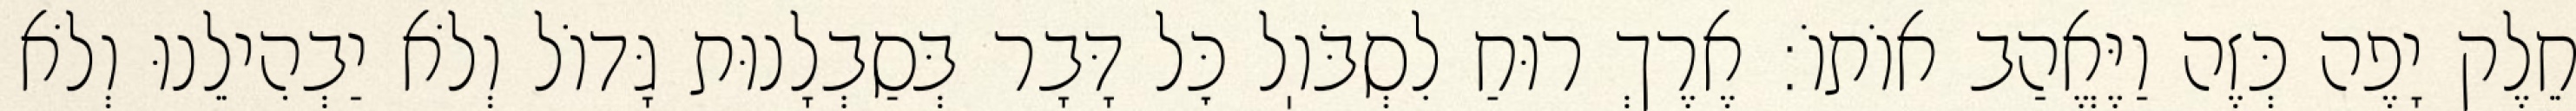
חֵלֶק יָפֶה כְּזֶה וַיֶּאֱהַב אוֹתוֹ: אֶרֶךְ רוּחַ לִסְבֹּוֽל כׇּל דָּבָר בְּסַבְלָנוּת גָּדוֹל וְלֹא יַבְהִילֵנוּ וְלֹא